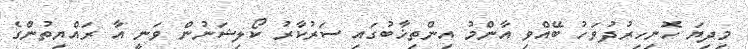
މިދިޔަ ހޮނިހިރުދުވަހު ބޭއްްވި އާންމު އިންތިޚާބުގައި ސަރުކާރު ކޯލިޝަނުން ވަނީ އާ ރައްޔިތުންގެ